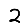
Digit: 2